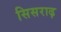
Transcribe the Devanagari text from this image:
सिसराढ़